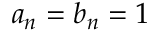
\textstyle a _ { n } = b _ { n } = 1